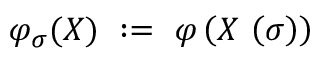
\varphi _ { \sigma } ( X ) \ : = \ \varphi \left( X \, \left( \sigma \right) \right)